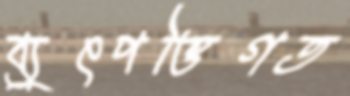
ব্যুৎপত্তিগত